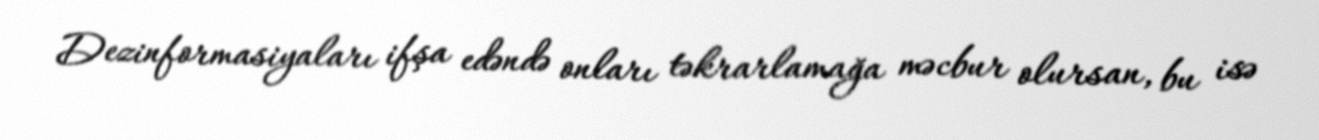
Dezinformasiyaları ifşa edəndə onları təkrarlamağa məcbur olursan, bu isə